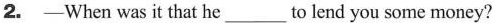
2. -When was it that he ___ to lend you some money?